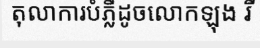
តុលាការបំភ្លឺដូចលោកឡុង រី